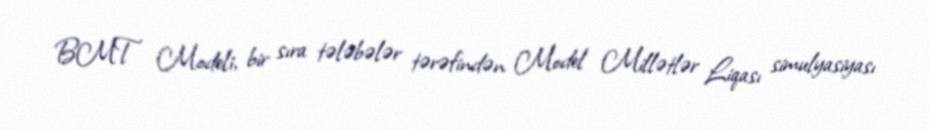
BMT Modeli, bir sıra tələbələr tərəfindən Model Millətlər Liqası simulyasiyası